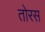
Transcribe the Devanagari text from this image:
तोरस